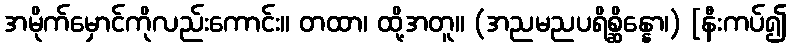
အမိုက်မှောင်ကိုလည်းကောင်း။ တထာ၊ ထို့အတူ။ (အညမညပရိစ္ဆိန္နော၊) [နီးကပ်၍